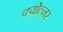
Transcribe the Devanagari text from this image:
क्योल्नर